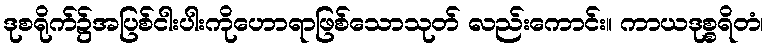
ဒုစရိုက်၌အပြစ်ငါးပါးကိုဟောရာဖြစ်သောသုတ် လည်းကောင်း။ ကာယဒုစ္စရိတံ၊